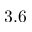
3 . 6